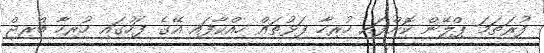
ފުރަތަމަ ޕްލޭން ކޮށްފައި ހުރިހާ ފަޅުތައް ހިއްކާފައި އޭގެ ފަހުގައި ހުރިހާ ބްރިޖް